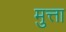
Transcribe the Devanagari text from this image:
मुत्ता